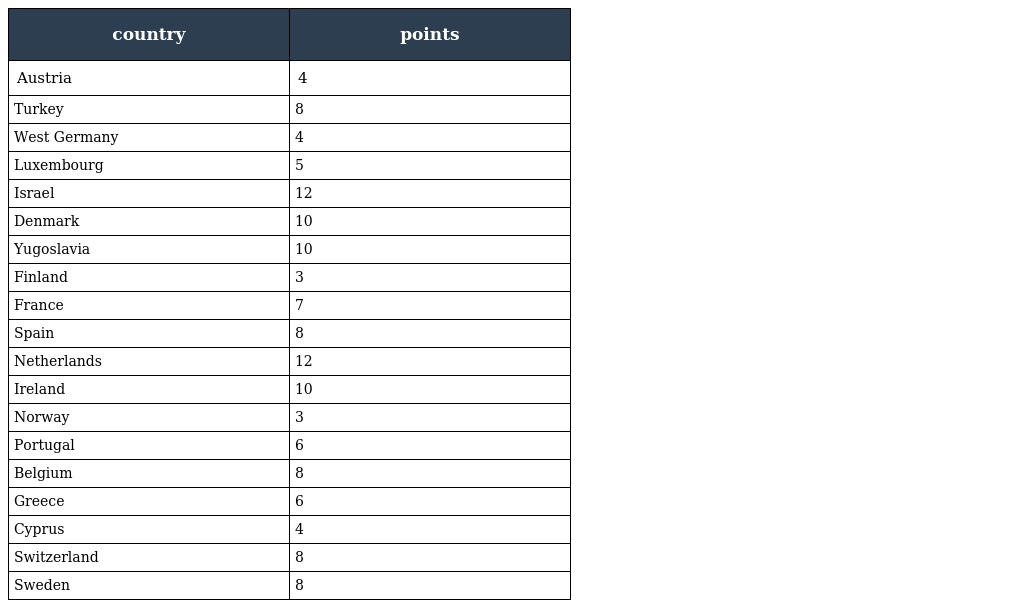
| country | points |
 | --- | --- |
 | Austria | 4 |
 | Turkey | 8 |
 | West Germany | 4 |
 | Luxembourg | 5 |
 | Israel | 12 |
 | Denmark | 10 |
 | Yugoslavia | 10 |
 | Finland | 3 |
 | France | 7 |
 | Spain | 8 |
 | Netherlands | 12 |
 | Ireland | 10 |
 | Norway | 3 |
 | Portugal | 6 |
 | Belgium | 8 |
 | Greece | 6 |
 | Cyprus | 4 |
 | Switzerland | 8 |
 | Sweden | 8 |